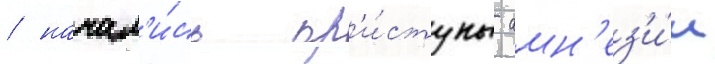
/ начал'и́сь пр'и́ступы амн'ез'и́и